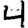
Digit: 4